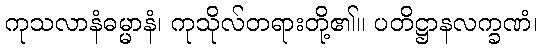
ကုသလာနံဓမ္မာနံ၊ ကုသိုလ်တရားတို့၏။ ပတိဋ္ဌာနလက္ခဏံ၊